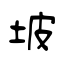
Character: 坡